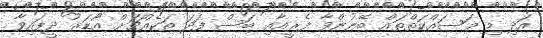
އަދި މި މަސައްކަތްތައް ބޭނުންވާ ފެރީއާއި ބަސް ފަދަ ތަކެއްޗަށް އޯޑަރު ދީފައިވާ